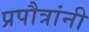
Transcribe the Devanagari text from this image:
प्रपौत्रांनी